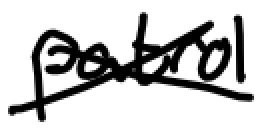
Text: patrol
Cross-out: cross
Writing tool: digital_black